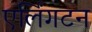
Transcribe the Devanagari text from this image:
एर्लिंगटन